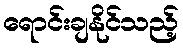
ရောင်းချနိုင်သည့်